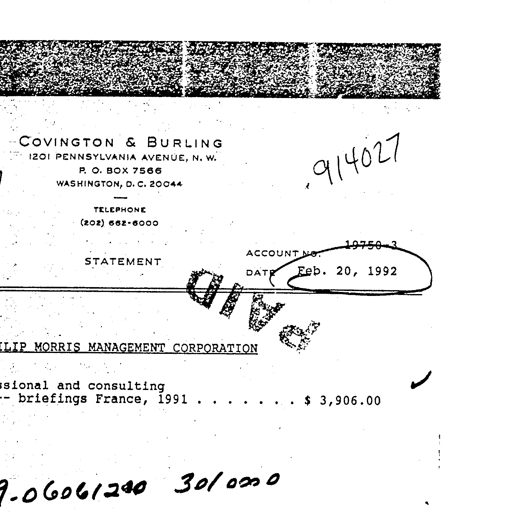
COVINGTON & BURLING
1201 PENNSYLVANIA AVENUE, N. W. 914027
P. O. BOX 7566
WASHINGTON, D. C. 20044
TELEPHONE
(202) 662-6000
STATEMENT ACCOUNT NO. 19750-3
DATE Feb. 20, 1992
PAID
LIP MORRIS MANAGEMENT CORPORATION
ssional and consulting
-- briefings France, 1991 . . . . . . . . . . . $ 3,906.00
9-06061200 3010000